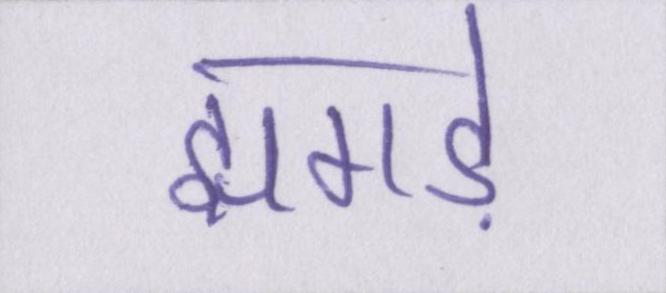
झगड़े